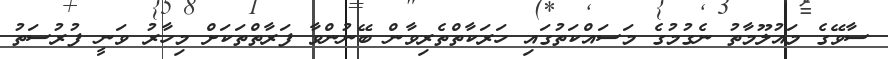
ސާވޭގެ މައުލޫމާތު ނެގުމުގެ މަސައްކަތުގައި ހަރަކާތްތެރިވާން ބޭނުންވާ ފަރާތްތަކަށް މިހާރު ވަނީ ފުރުސަތު